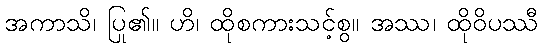
အကာသိ၊ ပြု၏။ ဟိ၊ ထိုစကားသင့်စွ။ အဿ၊ ထိုဝိပဿီ